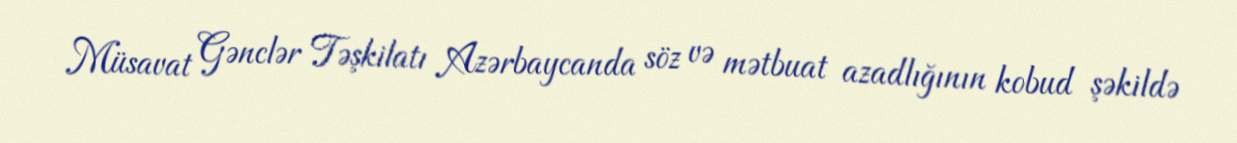
Müsavat Gənclər Təşkilatı Azərbaycanda söz və mətbuat azadlığının kobud şəkildə